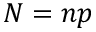
N = n p